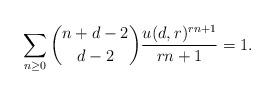
LaTeX: \begin{align*} \sum_{n\ge0}\binom{n+d-2}{d-2}\frac{u(d,r)^{rn+1}}{rn+1}=1.\end{align*}